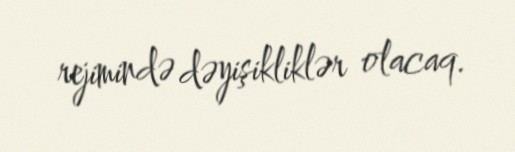
rejimində dəyişikliklər olacaq.